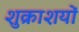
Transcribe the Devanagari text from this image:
शुक्राशयों